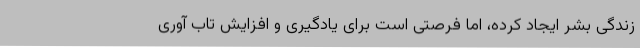
زندگی بشر ایجاد کرده، اما فرصتی است برای یادگیری و افزایش تاب آوری